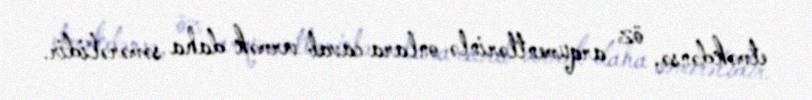
etməkdənsə, öz arqumentlərinlə onlara cavab vermək daha səmərəlidir.